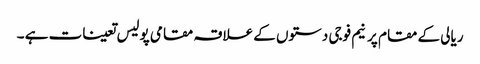
ریالی کے مقام پر نیم فوجی دستوں کے علاقہ مقامی پولیس تعینات ہے ۔